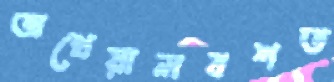
অখেয়ালবশত